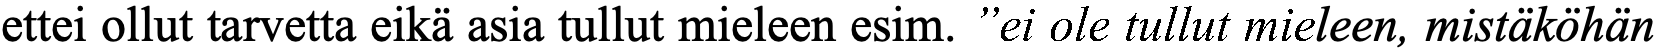
ettei ollut tarvetta eikä asia tullut mieleen esim. ”ei ole tullut mieleen, mistäköhän